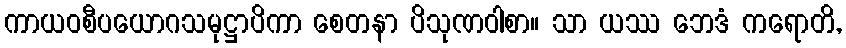
ကာယဝစီပယောဂသမုဋ္ဌာပိကာ စေတနာ ပိသုဏဝါစာ။ သာ ယဿ ဘေဒံ ကရောတိ,